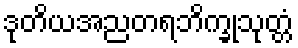
ဒုတိယအညတရဘိက္ခုသုတ္တံ